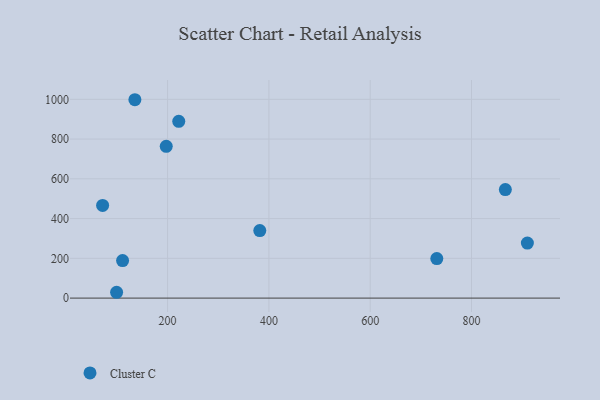
{"axis": {"x": "Distance", "y": "Exam Score"}, "legend": ["Cluster C"], "data": [{"x": "222.0", "y": 889.2, "type": "Cluster C"}, {"x": "135.4", "y": 997.9, "type": "Cluster C"}, {"x": "866.8", "y": 546.1, "type": "Cluster C"}, {"x": "99.3", "y": 29.3, "type": "Cluster C"}, {"x": "731.5", "y": 198.7, "type": "Cluster C"}, {"x": "910.3", "y": 276.8, "type": "Cluster C"}, {"x": "197.3", "y": 763.7, "type": "Cluster C"}, {"x": "71.7", "y": 466.2, "type": "Cluster C"}, {"x": "111.1", "y": 188.7, "type": "Cluster C"}, {"x": "382.0", "y": 339.5, "type": "Cluster C"}]}